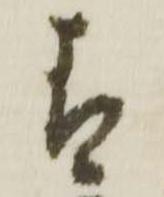
青